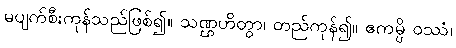
မပျက်စီးကုန်သည်ဖြစ်၍။ သဏ္ဌဟိတွာ၊ တည်ကုန်၍။ ဧကမ္ပိ ဝဿံ၊